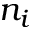
n _ { i }